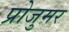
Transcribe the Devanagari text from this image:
प्रोजुमर